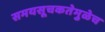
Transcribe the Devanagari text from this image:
समयसूचकतेमुळेच